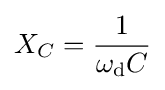
X_{C}={\frac {1}{\omega _{\mathrm {d} }C}}\,\!